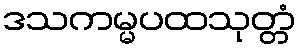
ဒသကမ္မပထသုတ္တံ